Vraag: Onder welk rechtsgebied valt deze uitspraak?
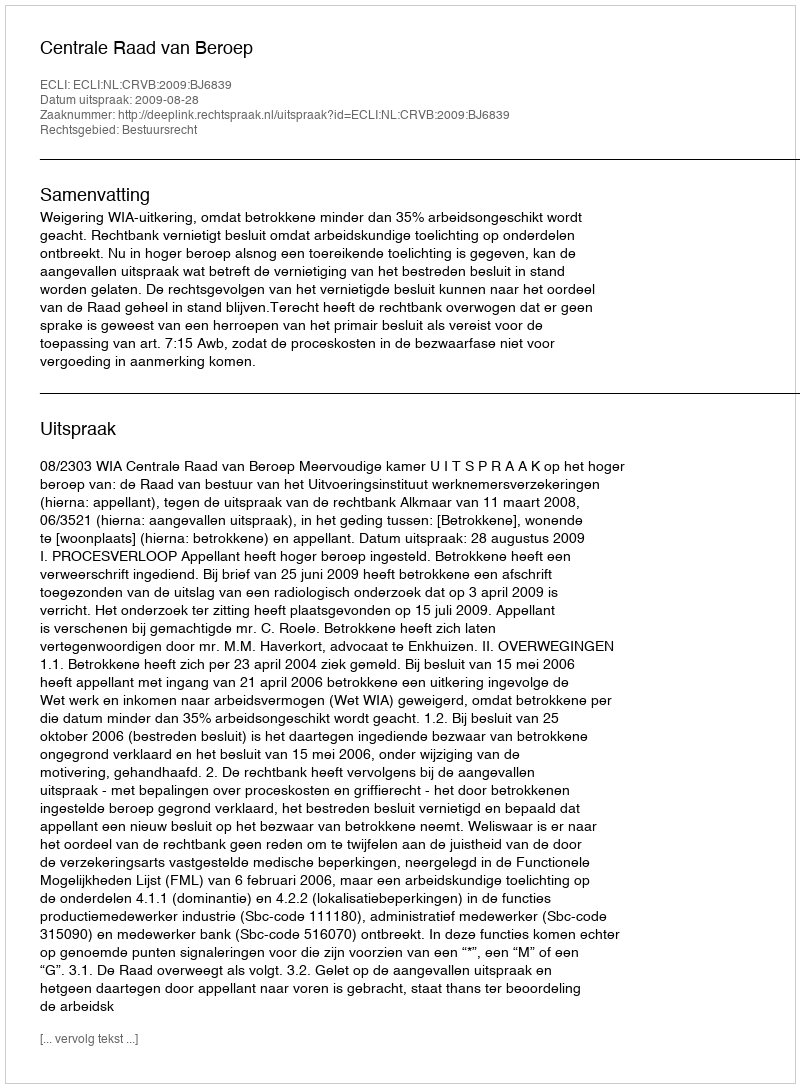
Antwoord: Bestuursrecht